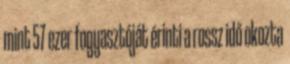
mint 57 ezer fogyasztóját érinti a rossz idő okozta